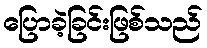
ပြောခဲ့ခြင်းဖြစ်သည်